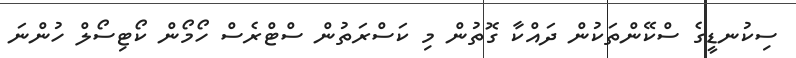
ސިކުނޑީގެ ސްކޭންތަކުން ދައްކާ ގޮތުން މި ކަސްރަތުން ސްޓްރެސް ހޯމޯން ކޯޓިސޯލް ހުންނަ